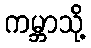
ကမ္ဘာသို့